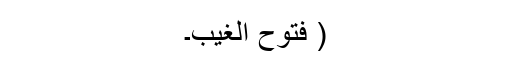
( فتوح الغیب۔